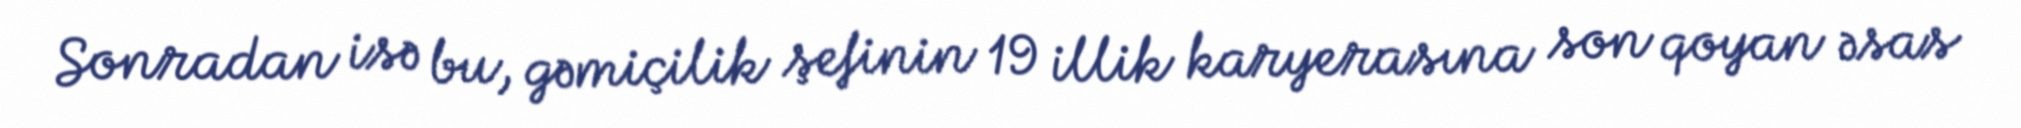
Sonradan isə bu, gəmiçilik şefinin 19 illik karyerasına son qoyan əsas